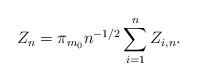
LaTeX: \begin{align*} Z_n=\pi_{m_0}n^{-1/2}\sum_{i=1}^nZ_{i,n}.\end{align*}